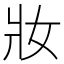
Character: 妝